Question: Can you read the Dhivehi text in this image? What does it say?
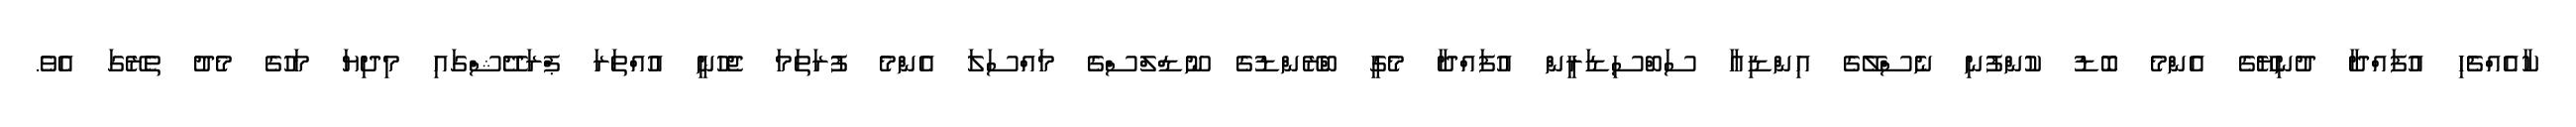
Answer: ކާއެއްޗެހި އުފައްދާ ދުނިޔޭގެ އެންމެ ބޮޑު ކުންފުނި ނެސްލޭގެ އިންޑިއާ ސަބްސިޑަރީން އުފައްދާ މެގީ ބްރޭންޑުގެ ނޫޑްލްސްގެ މައްސަލަ އެންމެ ފުރަތަމަ ޖެހުނީ އުއްތަރަ ޕްރަދޭޝްގައި މިދިޔަ މަހުގެ މެދު ތެރޭގަ އެވެ.